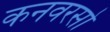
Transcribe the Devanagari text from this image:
कनवरसो